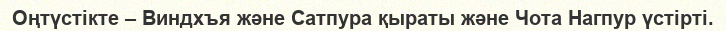
Оңтүстікте – Виндхъя және Сатпура қыраты және Чота Нагпур үстірті.